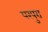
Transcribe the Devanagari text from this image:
परपुरा